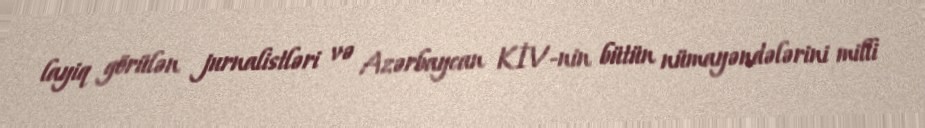
layiq görülən jurnalistləri və Azərbaycan KİV-nin bütün nümayəndələrini milli